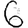
Digit: 6